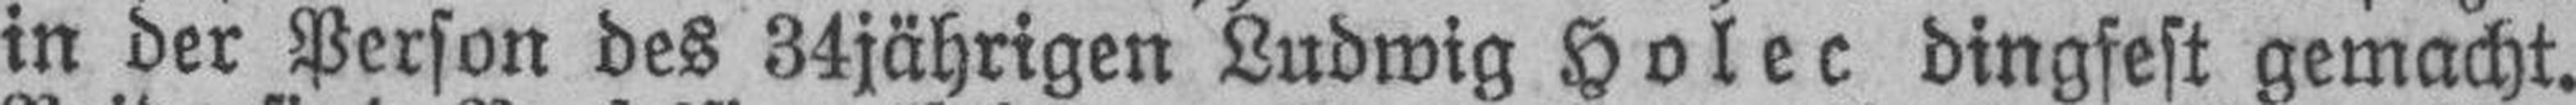
in der Person des 34jährigen Ludwig Holec dingfest gemacht.